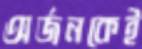
অর্জনকেই